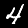
Digit: 4